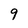
Character: 9